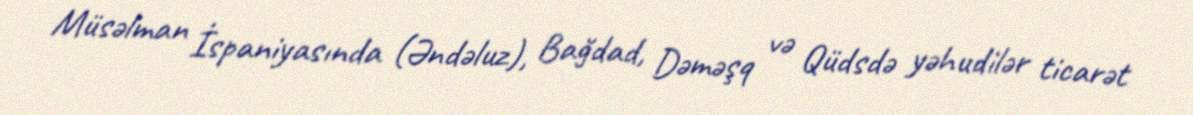
Müsəlman İspaniyasında (Əndəluz), Bağdad, Dəməşq və Qüdsdə yəhudilər ticarət